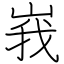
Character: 峩